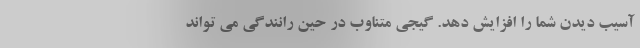
آسیب دیدن شما را افزایش دهد. گیجی متناوب در حین رانندگی می تواند